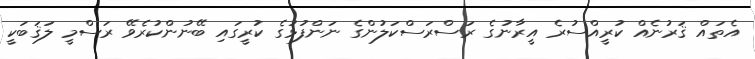
އެތައް ޤަރުނެއް ކުރީއްސުރެ އީރާނުގެ ރަސްރަސްކަލުންގެ ނަންފުޅުގެ ކުރީގައި ބޭނުންކުރެވޭ ރަސްމީ ލަޤަބަކީ